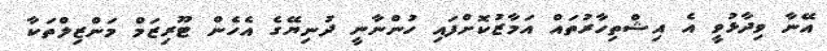
އޭނާ ވިދާޅުވީ އެ އިޝްތިހާރުތައް އަމާޒުކޮށްފައި ހުންނާނީ ދުނިޔޭގެ އެހެން ޓޫރިޒަމް މަންޒިލްތަކާ